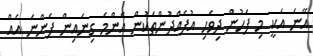
އޭނަ އަކީ މި ފަހުން ދިވެހި އުފެއްދުންތަކުން އެންމެ ގިނައިން ފެންނަ އެއް